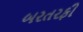
બરતરફી